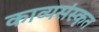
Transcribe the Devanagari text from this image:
काव्यसंस्कृत